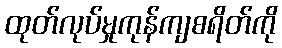
ထုတ်လုပ်မှုကုန်ကျစရိတ်ကို